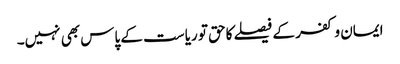
ایمان و کفر کے فیصلے کاحق تو ریاست کے پاس بھی نہیں۔